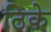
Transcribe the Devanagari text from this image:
ठिके